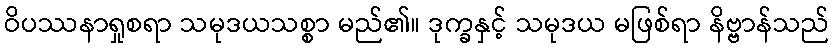
ဝိပဿနာရှုစရာ သမုဒယသစ္စာ မည်၏။ ဒုက္ခနှင့် သမုဒယ မဖြစ်ရာ နိဗ္ဗာန်သည်